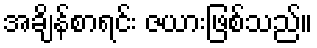
အချိန်စာရင်း ဇယားဖြစ်သည်။